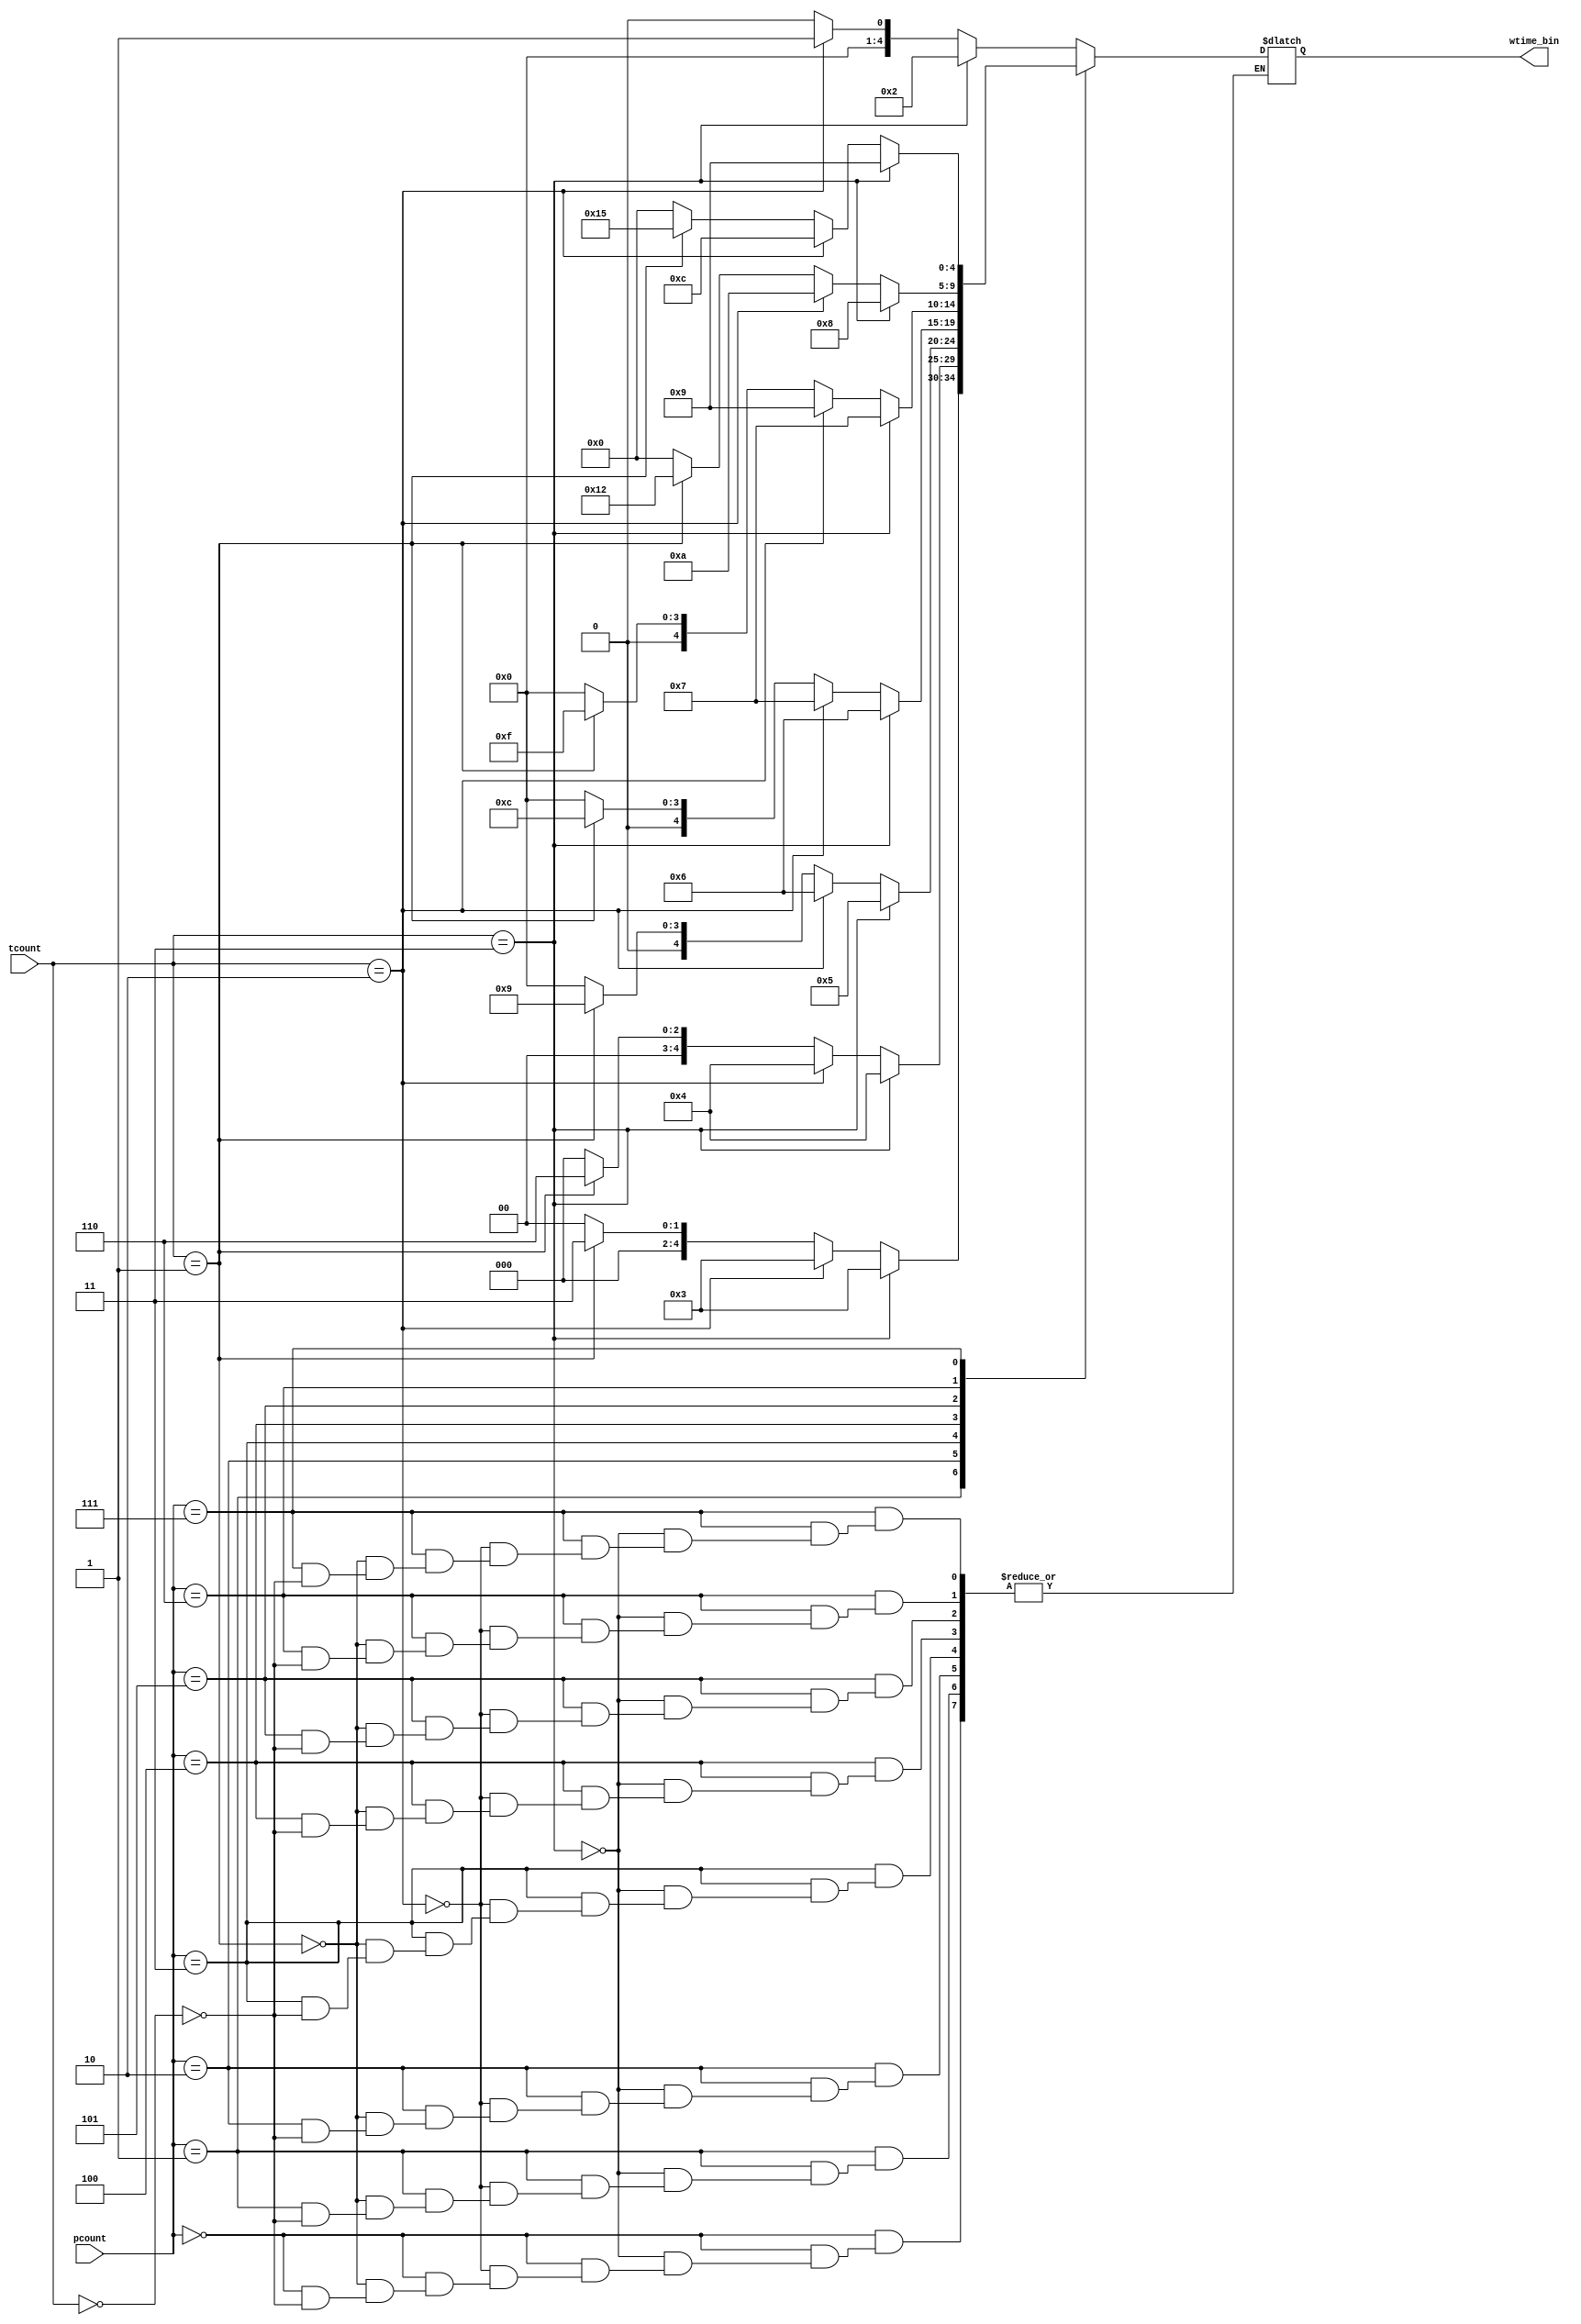
module rom (tcount,pcount,wtime_bin);

input [1:0] tcount;
input [2:0] pcount;
output reg [4:0] wtime_bin;

always @(*) begin

	case (pcount)
		
		3'd0: begin
			if(tcount==0) begin
				wtime_bin = 0;
			end
			if(tcount==1) begin
				wtime_bin = 0;
			end
			if(tcount==2) begin
				wtime_bin = 1;
			end
			if(tcount==3) begin
				wtime_bin = 2;
			end
		end
		3'd1: begin
			if(tcount==0) begin
				wtime_bin = 0;
			end
			if(tcount==1) begin
				wtime_bin = 3;
			end
			if(tcount==2) begin
				wtime_bin = 3;
			end
			if(tcount==3) begin
				wtime_bin = 3;
			end
		end
		3'd2: begin
			if(tcount==0) begin
				wtime_bin = 0;
			end
			if(tcount==1) begin
				wtime_bin = 6;
			end
			if(tcount==2) begin
				wtime_bin = 4;
			end
			if(tcount==3) begin
				wtime_bin = 4;
			end
		end
		3'd3: begin
			if(tcount==0) begin
				wtime_bin = 0;
			end
			if(tcount==1) begin
				wtime_bin = 9;
			end
			if(tcount==2) begin
				wtime_bin = 6;
			end
			if(tcount==3) begin
				wtime_bin = 5;
			end
		end
		3'd4: begin
			if(tcount==0) begin
				wtime_bin = 0;
			end
			if(tcount==1) begin
				wtime_bin = 12;
			end
			if(tcount==2) begin
				wtime_bin = 7;
			end
			if(tcount==3) begin
				wtime_bin = 6;
			end
		end
		3'd5: begin
			if(tcount==0) begin
				wtime_bin = 0;
			end
			if(tcount==1) begin
				wtime_bin = 15;
			end
			if(tcount==2) begin
				wtime_bin = 9;
			end
			if(tcount==3) begin
				wtime_bin = 7;
			end
		end
		3'd6: begin
			if(tcount==0) begin
				wtime_bin = 0;
			end
			if(tcount==1) begin
				wtime_bin = 18;
			end
			if(tcount==2) begin
				wtime_bin = 10;
			end
			if(tcount==3) begin
				wtime_bin = 8;
			end
		end
		3'd7: begin
			if(tcount==0) begin
				wtime_bin = 0;
			end
			if(tcount==1) begin
				wtime_bin = 21;
			end
			if(tcount==2) begin
				wtime_bin = 12;
			end
			if(tcount==3) begin
				wtime_bin = 9;
			end
		end
		default: begin
			wtime_bin = 0;
		end
	
	endcase

end

endmodule